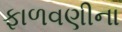
ફાળવણીના